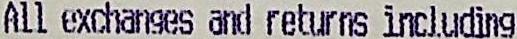
ALL EXCHANGES AND RETURNS INCLUDING